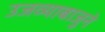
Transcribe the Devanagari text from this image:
उजव्याबाजुने